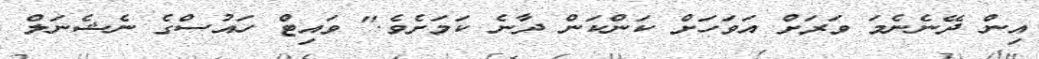
އިން ދޭނެނެމަ ވަރަށް އަވަހަށް ކަންކަން ދާނެ ކަމަށެވެ." ވައިޓް ހައުސްގެ ނެޝެނަލް